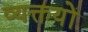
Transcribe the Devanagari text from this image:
व्यक्तयों